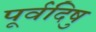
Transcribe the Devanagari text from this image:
पूर्वदिषु